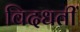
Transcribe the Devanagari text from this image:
विदधतीं